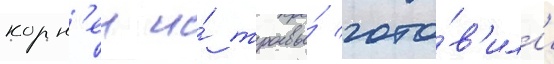
корн'еи и́ травы́ гото́в'ил'и